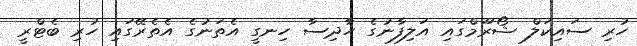
ހުރި ސައިކަލް ޝޯރޫމްގައި އަލިފާނުގެ ހާދިސާ ހިނގީ އެތަނުގެ އެތެރޭގައި ހުރި ބެޓްރީ